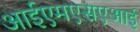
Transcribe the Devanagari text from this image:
आईएमएसएआई